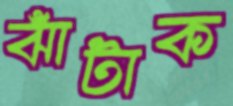
ঝাঁটাক